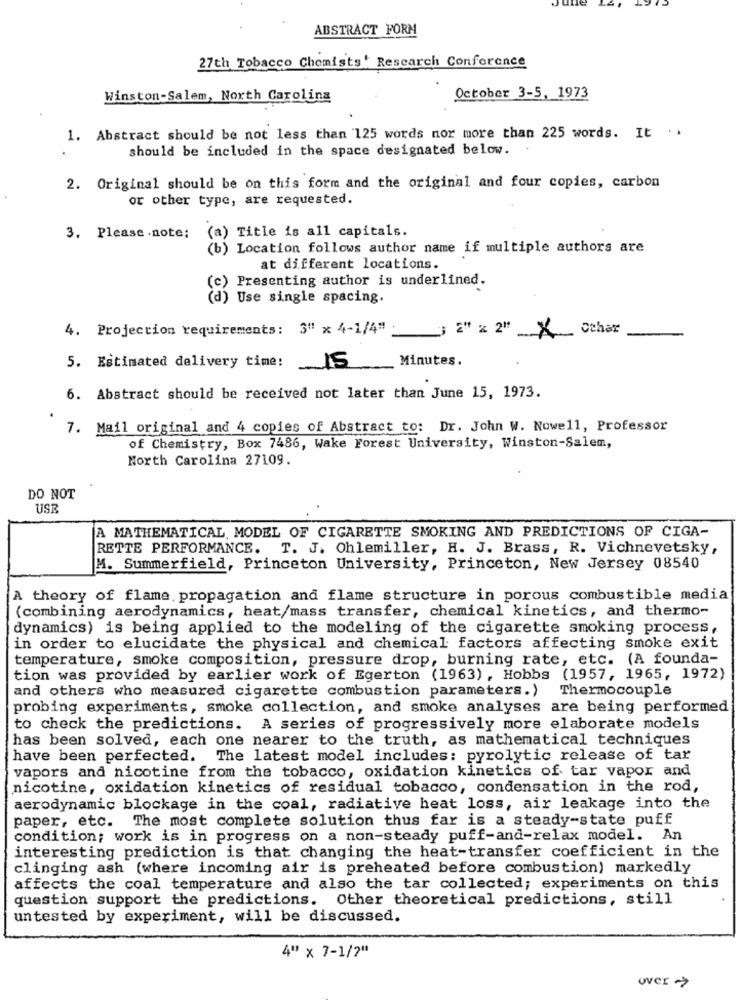
ABSTRACT FORM
27th Tobacco Chemists' Research Conference
Winston-Salem, North Carolina
October 3-5, 1973
1. Abstract should be not less than 125 words nor more than 225 words. It . .
should be included in the space designated below.
2. Original should be on this form and the original and four copies, carbon
or other type, are requested.
3. Please note:
(a) Title is all capitals.
(b) Location follows author name if multiple authors are
at different locations.
Presenting author is underlined.
Use single spacing.
4. Projection requirements: 3" x 4-1/4"
3 2" x 2" __ X _ Cthar
15
Minutes.
5. Estimated delivery time:
6. Abstract should be received not later than June 15, 1973.
7. Mail original and 4 copies of Abstract to: Dr. John W. Nowell, Professor
of Chemistry, Box 7486, Wake Forest University, Winston-Salem,
North Carolina 27109.
DO NOT
USB
A MATHEMATICAL, MODEL OF CIGARETTE SMOKING AND PREDICTIONS OF CIGA-
RETTE PERFORMANCE.
T. J. Ohlemiller, H. J. Brass, R. Vichnevetsky,
M. Summerfield, Princeton University, Princeton, New Jersey 08540
A theory of flame propagation and flame structure in porous combustible media
(combining aerodynamics, heat/mass transfer, chemical kinetics, and thermo-
dynamics) is being applied to the modeling of the cigarette smoking process,
in order to elucidate the physical and chemical factors affecting smoke exit
temperature, smoke composition, pressure drop, burning rate, etc. (A founda-
tion was provided by earlier work of Egerton (1963), Hobbs (1957, 1965, 1972)
and others who measured cigarette combustion parameters.)
Thermocouple
probing experiments, smoke collection, and smoke analyses are being performed
to check the predictions. A series of progressively more elaborate models
has been solved, each one nearer to the truth, as mathematical techniques
have been perfected. The latest model includes: pyrolytic release of tar
vapors and nicotine from the tobacco, oxidation kinetics of tar vapor and
nicotine, oxidation kinetics of residual tobacco, condensation in the rod,
aerodynamic blockage in the coal, radiative heat loss, air leakage into the
paper, etc. The most complete solution thus far is a steady-state puff
condition; work is in progress on a non-steady puff-and-relax model. An
interesting prediction is that changing the heat-transfer coefficient in the
clinging ash (where incoming air is preheated before combustion) markedly
affects the coal temperature and also the tar collected; experiments on this
question support the predictions. Other theoretical predictions, still
untested by experiment, will be discussed.
4" x 7-1/2"
Over >